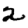
Digit: 2